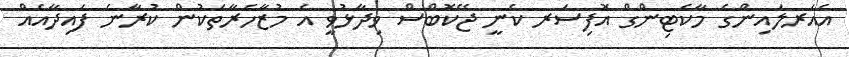
އެއަރލައިންގެ މާކެޓިންގް އޮފިސަރ ކެނީ ޖޭކޮބްސް ވިދާޅުވީ އެ މުޒާހަރާތަކުން ކުރާނެ ފައިދާއެއް